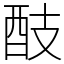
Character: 䣫